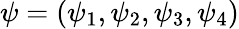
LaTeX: \psi=(\psi_{1},\psi_{2},\psi_{3},\psi_{4})